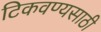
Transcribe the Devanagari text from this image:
टिकवण्यसाठी